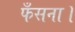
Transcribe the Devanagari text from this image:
फँसना।